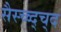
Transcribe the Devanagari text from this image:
सैस्च्व्द्च्द